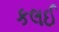
કલઈ